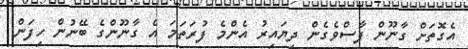
އެގޮތަށް ގާނޫން ފާސްވެގެން ދިޔައިރު އެންމެ ފުރަތަމަ އެ ގާނޫންގެ ބޭނުން ހިފަން